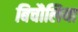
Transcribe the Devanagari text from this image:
बिचौलिया